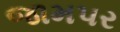
જામપર